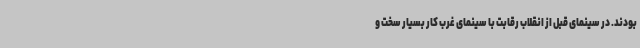
بودند. در سینمای قبل از انقلاب رقابت با سینمای غرب کار بسیار سخت و